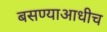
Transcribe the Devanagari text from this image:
बसण्याआधीच